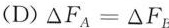
(D)△F_{A}=△F_{B}